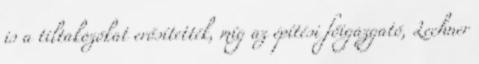
is a tiltakozókat erősítették, míg az építési főigazgató, Lechner